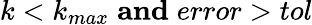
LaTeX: k<k_{max}\; \mathbf{and}\; error>tol